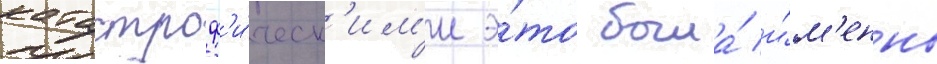
катастроф'и́ческ'им'и э́то была́ и́м'енно